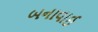
બનાવાઈ